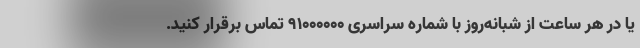
یا در هر ساعت از شبانه‌روز با شماره سراسری ۹۱۰۰۰۰۰۰ تماس برقرار کنید.